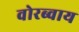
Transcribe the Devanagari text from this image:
वोरब्वाय